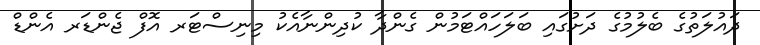
ދައުލަތުގެ ބެލުމުގެ ދަށުގައި ބަލަހައްޓަމުން ގެންދާ ކުދިންނާއެކު މިނިސްޓަރ އޮފް ޖެންޑަރ އެންޑް